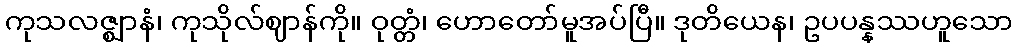
ကုသလဇ္ဈာနံ၊ ကုသိုလ်ဈာန်ကို။ ဝုတ္တံ၊ ဟောတော်မူအပ်ပြီ။ ဒုတိယေန၊ ဥပပန္နဿဟူသော